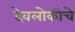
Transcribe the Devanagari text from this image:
देवलोकीचे